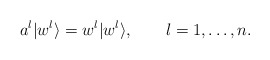
\begin{align*}a^l|w^l\rangle=w^l|w^l\rangle,\qquad l=1,\ldots, n.\end{align*}